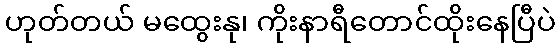
ဟုတ်တယ် မထွေးနု၊ ကိုးနာရီတောင်ထိုးနေပြီပဲ